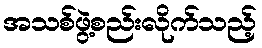
အသစ်ဖွဲ့စည်းလိုက်သည့်